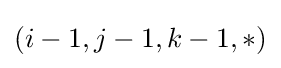
(i-1,j-1,k-1,*)